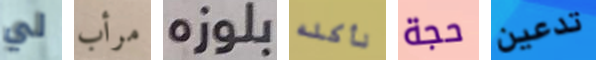
لي مرأب بلوزه نأكله حجة تدعين